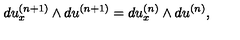
d u _ { x } ^ { ( n + 1 ) } \wedge d u ^ { ( n + 1 ) } = d u _ { x } ^ { ( n ) } \wedge d u ^ { ( n ) } ,